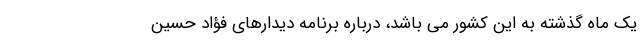
یک ماه گذشته به این کشور می باشد، درباره برنامه دیدارهای فؤاد حسین